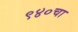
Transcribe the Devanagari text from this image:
९४०चा